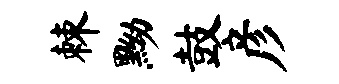
棘黝鼓彦